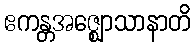
ဧကန္တအဇ္ဈောသာနာတိ